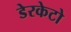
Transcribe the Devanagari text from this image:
डेरकेटो